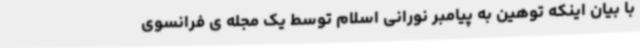
با بیان اینکه توهین به پیامبر نورانی اسلام توسط یک مجله ی فرانسوی